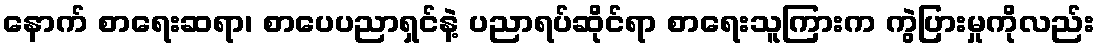
နောက် စာရေးဆရာ၊ စာပေပညာရှင်နဲ့ ပညာရပ်ဆိုင်ရာ စာရေးသူကြားက ကွဲပြားမှုကိုလည်း